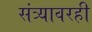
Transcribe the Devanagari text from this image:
संत्र्यावरही